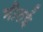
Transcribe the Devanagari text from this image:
मीतई